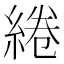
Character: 綣